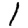
Digit: 1